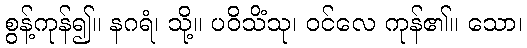
စွန့်ကုန်၍။ နဂရံ၊ သို့။ ပဝိသိံသု၊ ဝင်လေ ကုန်၏။ သော၊